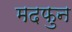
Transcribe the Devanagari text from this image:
मदफुन